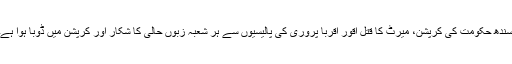
سندھ حکومت کی کرپشن، میرٹ کا قتل اقور اقربا پروری کی پالیسیوں سے ہر شعبہ زبوں حالی کا شکار اور کرپشن میں ڈوبا ہوا ہے۔